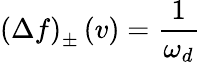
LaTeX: \left(\Delta f\right)_{\pm}\left(v\right)=\frac{1}{\omega_{d}}